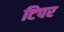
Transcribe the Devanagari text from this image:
टिपर